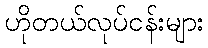
ဟိုတယ်လုပ်ငန်းများ